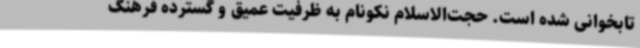
تابخوانی شده است. حجت‌الاسلام نکونام به ظرفیت عمیق و گسترده فرهنگ